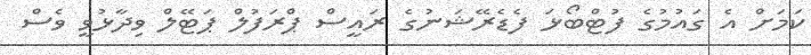
ކަމަށް އެ ގައުމުގެ ފުޓްބޯޅަ ފެޑެރޭޝަނުގެ ރައީސް ޕްރަފުލް ޕަޓޭލް ވިދާޅުވީ ވެސް